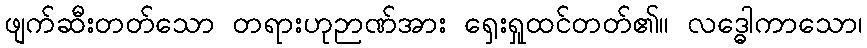
ဖျက်ဆီးတတ်သော တရားဟုဉာဏ်အား ရှေးရှုထင်တတ်၏။ လဒ္ဓေါကာသော၊